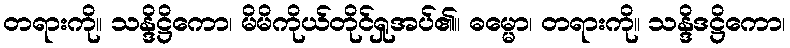
တရားကို။ သန္ဒိဋ္ဌိကော၊ မိမိကိုယ်တိုင်ရှုအပ်၏။ ဓမ္မော၊ တရားကို။ သန္ဒိဒဋ္ဌိကော၊